65_HS1-834228961_62-HQ-83894_Section_5
Agency: FBI
Page 130
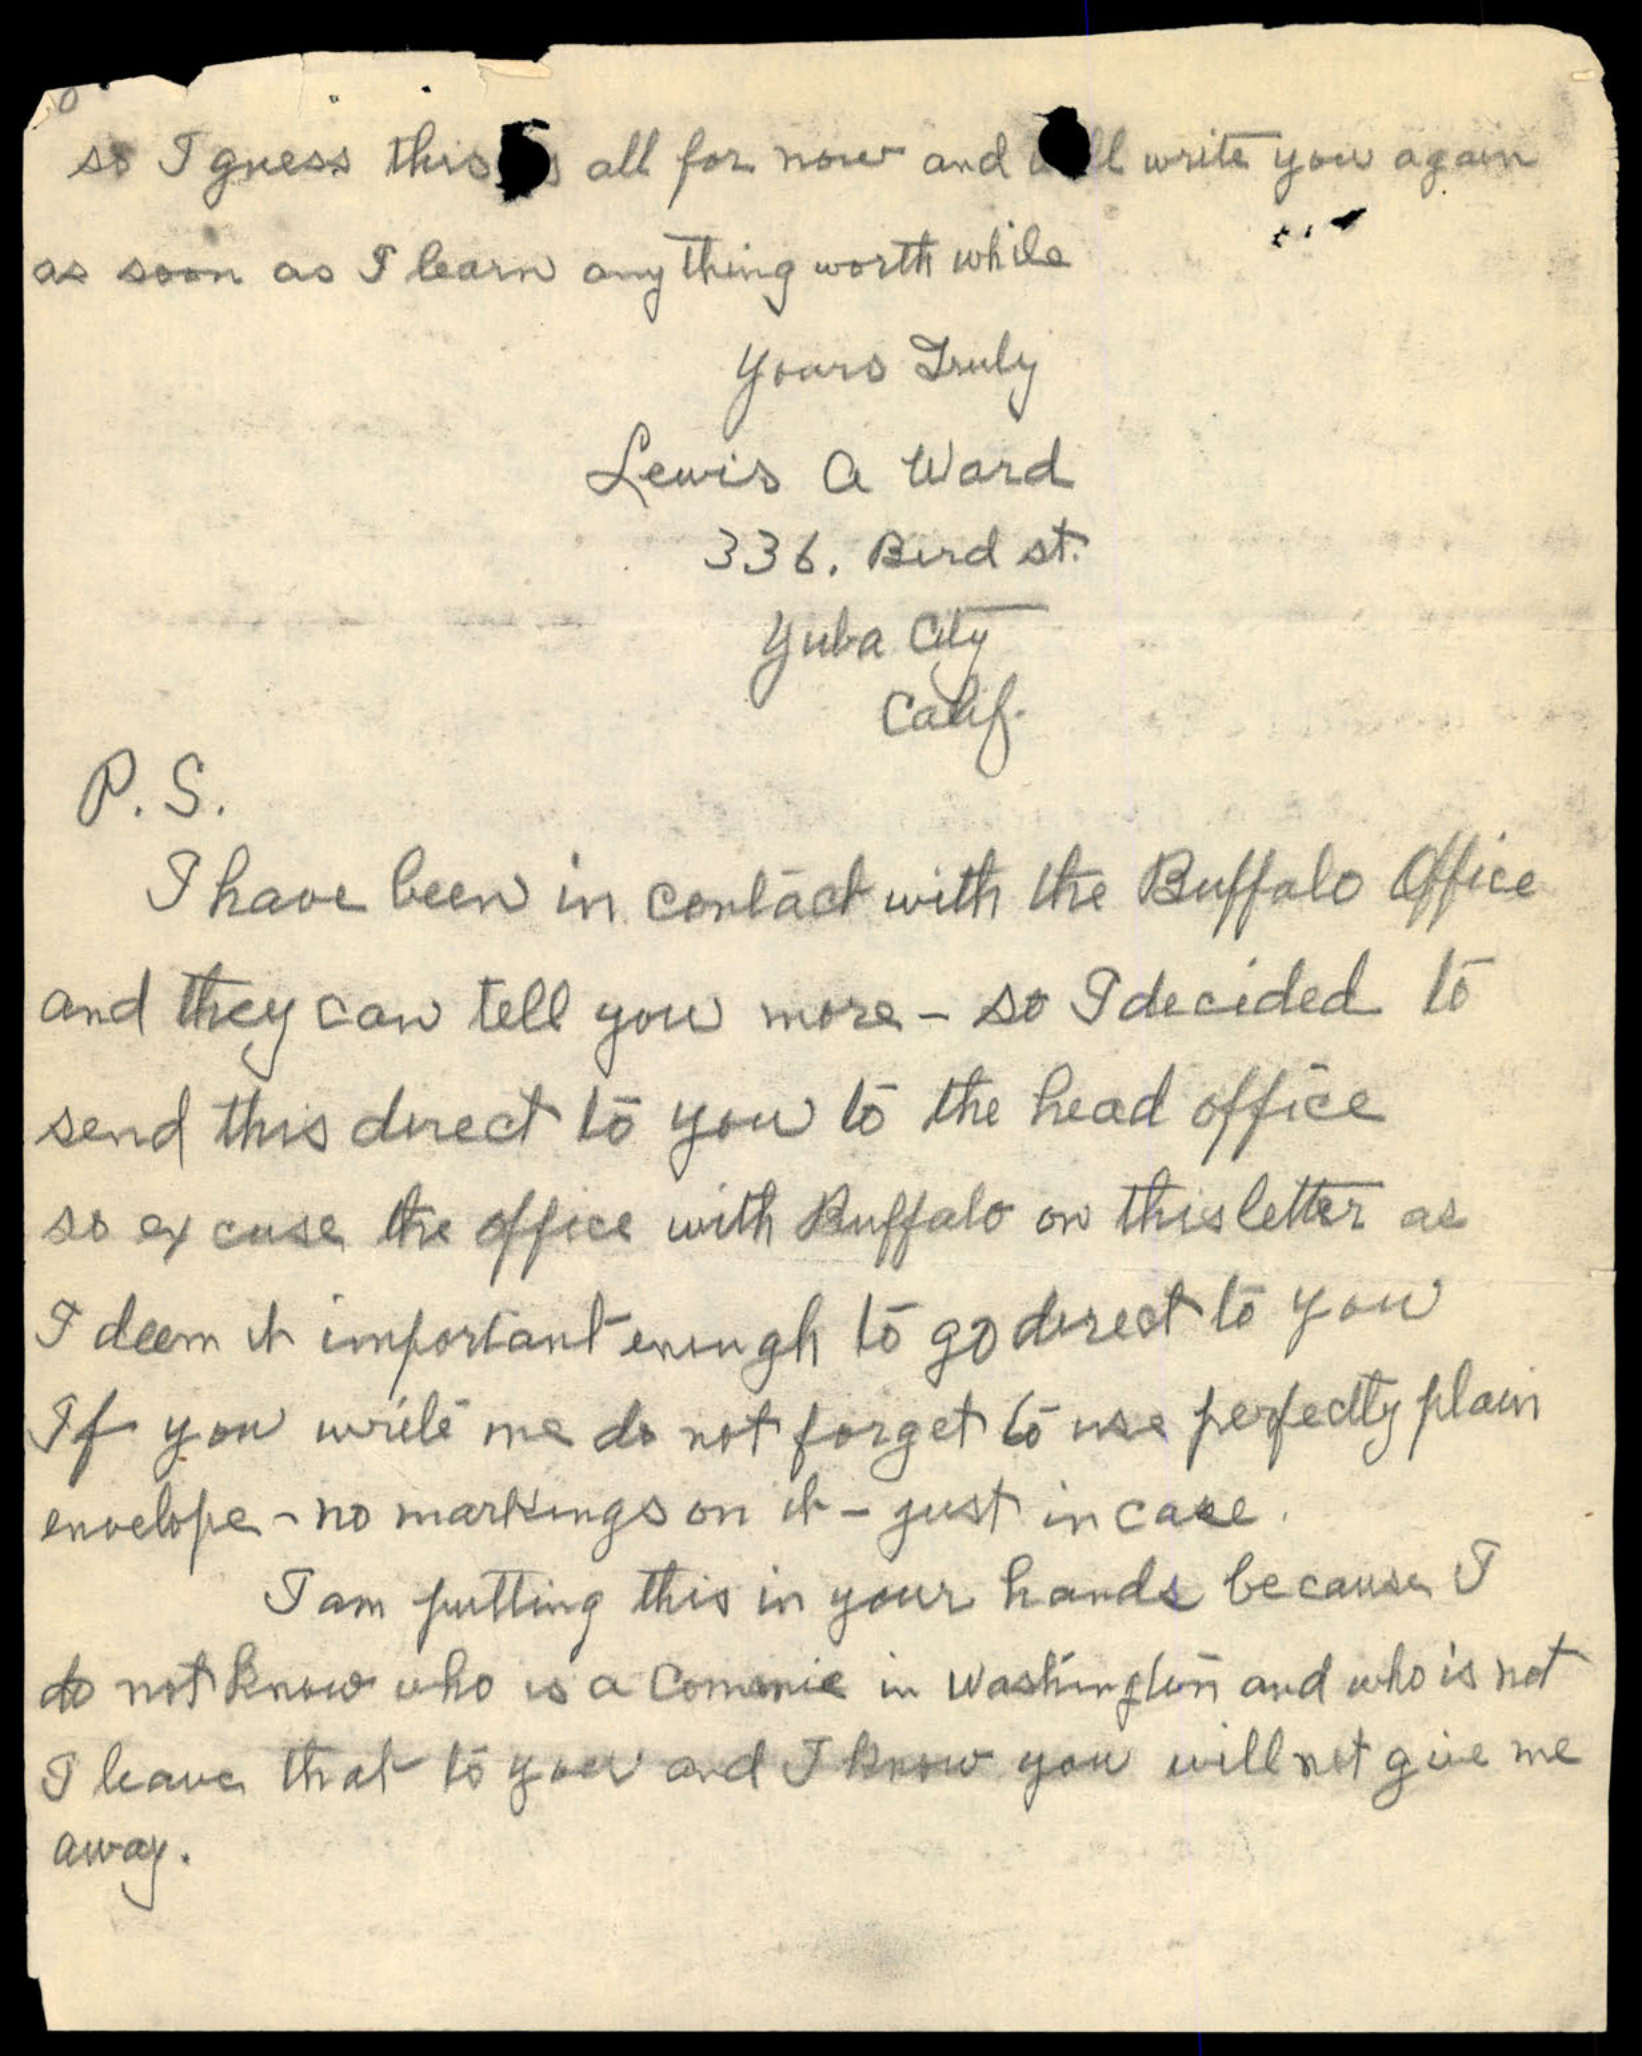